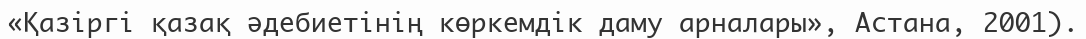
«Қазіргі қазақ әдебиетінің көркемдік даму арналары», Астана, 2001).